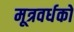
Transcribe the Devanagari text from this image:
मूत्रवर्धकों